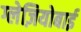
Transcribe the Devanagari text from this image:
ग्लेज़ियोबाई